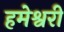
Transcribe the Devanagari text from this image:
हमेश्वरी